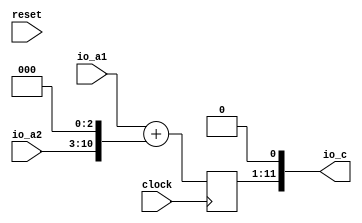
module SimpleAdder( // @[:@3.2]
  input         clock, // @[:@4.4]
  input         reset, // @[:@5.4]
  input  [5:0]  io_a1, // @[:@6.4]
  input  [7:0]  io_a2, // @[:@6.4]
  output [11:0] io_c // @[:@6.4]
);
`ifdef RANDOMIZE_REG_INIT
  reg [31:0] _RAND_0;
`endif // RANDOMIZE_REG_INIT
  reg [10:0] register1; // @[SimpleAdderSpec.scala 19:22:@11.4]
  wire [10:0] _GEN_0 = {{5{io_a1[5]}},io_a1}; // @[SimpleAdderSpec.scala 21:22:@12.4]
  wire [10:0] _GEN_1 = {$signed(io_a2), 3'h0}; // @[SimpleAdderSpec.scala 21:22:@12.4]
  assign io_c = {$signed(register1), 1'h0};
  always @(posedge clock) begin
    register1 <= $signed(_GEN_0) + $signed(_GEN_1); // @[SimpleAdderSpec.scala 21:22:@14.4]
  end
// Register and memory initialization
`ifdef RANDOMIZE_GARBAGE_ASSIGN
`define RANDOMIZE
`endif
`ifdef RANDOMIZE_INVALID_ASSIGN
`define RANDOMIZE
`endif
`ifdef RANDOMIZE_REG_INIT
`define RANDOMIZE
`endif
`ifdef RANDOMIZE_MEM_INIT
`define RANDOMIZE
`endif
`ifndef RANDOM
`define RANDOM $random
`endif
`ifdef RANDOMIZE_MEM_INIT
  integer initvar;
`endif
`ifndef SYNTHESIS
`ifdef FIRRTL_BEFORE_INITIAL
`FIRRTL_BEFORE_INITIAL
`endif
initial begin
  `ifdef RANDOMIZE
    `ifdef INIT_RANDOM
      `INIT_RANDOM
    `endif
    `ifndef VERILATOR
      `ifdef RANDOMIZE_DELAY
        #`RANDOMIZE_DELAY begin end
      `else
        #0.002 begin end
      `endif
    `endif
`ifdef RANDOMIZE_REG_INIT
  _RAND_0 = {1{`RANDOM}};
  register1 = _RAND_0[10:0];
`endif // RANDOMIZE_REG_INIT
  `endif // RANDOMIZE
end // initial
`ifdef FIRRTL_AFTER_INITIAL
`FIRRTL_AFTER_INITIAL
`endif
`endif // SYNTHESIS
endmodule